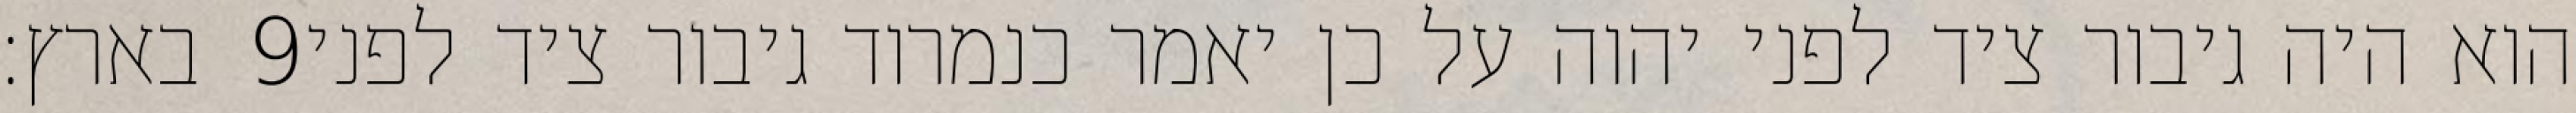
בארץ׃ ‎9‏ הוא היה גיבור ציד לפני יהוה על כן יאמר כנמרוד גיבור ציד לפני